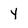
Character: Y